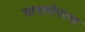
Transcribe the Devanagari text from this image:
आघाडीवरचा